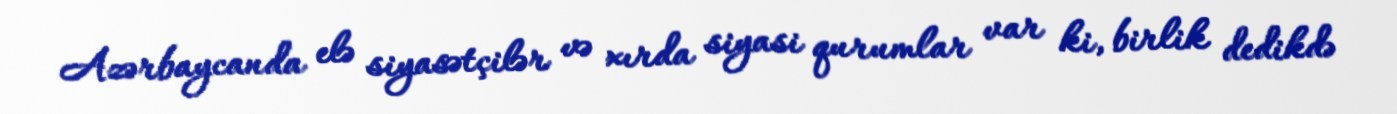
Azərbaycanda elə siyasətçilər və xırda siyasi qurumlar var ki, birlik dedikdə